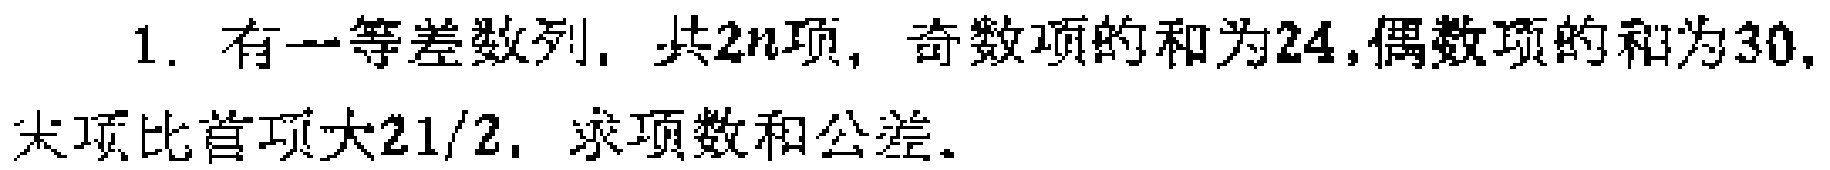
1. 有一等差数列，共\(2n\)项，奇数项的和为\(24\)，偶数项的和为\(30\)，末项比首项大\(\frac{21}{2}\)，求项数和公差。